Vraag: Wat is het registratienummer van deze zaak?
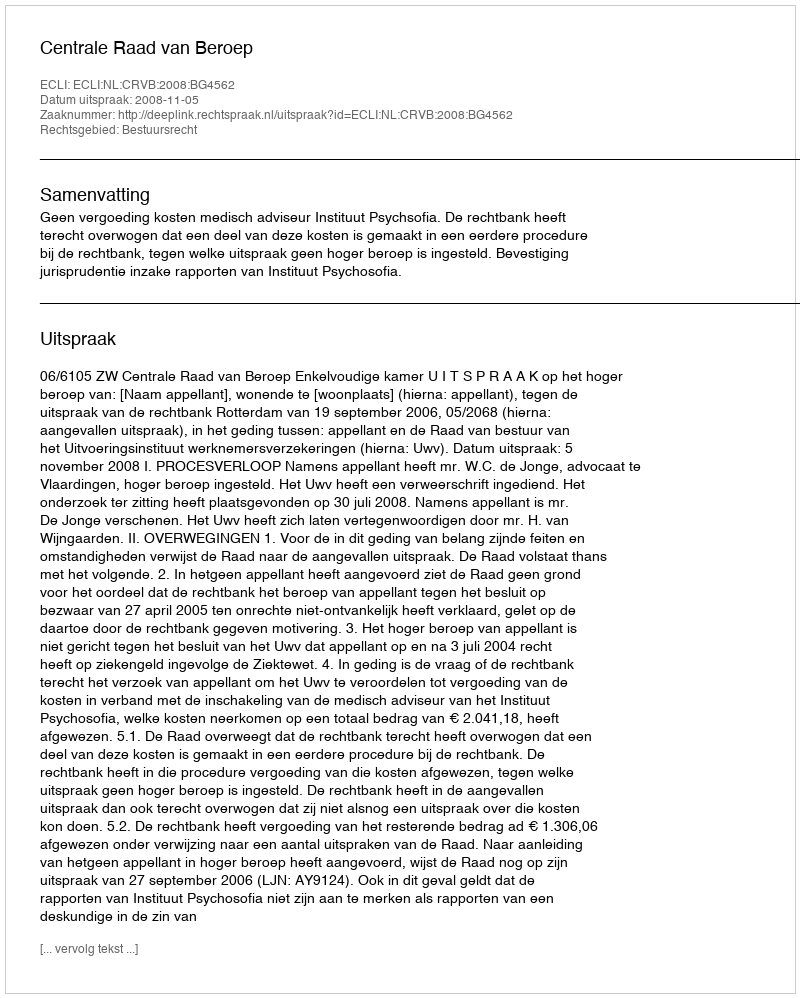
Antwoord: http://deeplink.rechtspraak.nl/uitspraak?id=ECLI:NL:CRVB:2008:BG4562